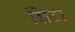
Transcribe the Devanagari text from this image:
सिटा